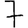
Digit: 7